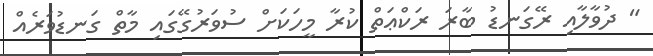
" ދުވާލާއި ރޭގަނޑު ބާރަ ރަކްޢަތް ކުރާ މީހަކަށް ސުވަރުގޭގައި މާތް ގަނޑުވަރެއް